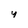
Character: y